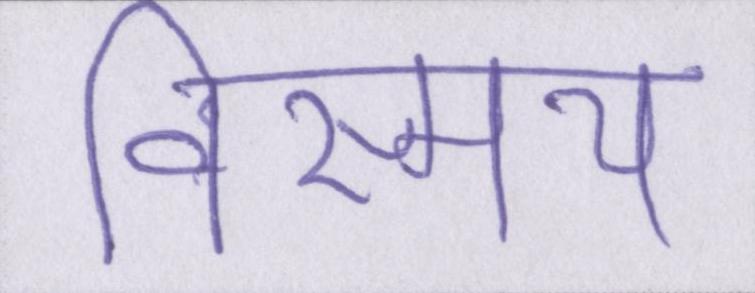
विस्मय